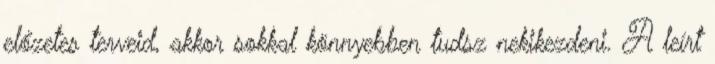
előzetes terveid, akkor sokkal könnyebben tudsz nekikezdeni. A leírt